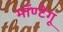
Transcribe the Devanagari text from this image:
मॉण्टेगू